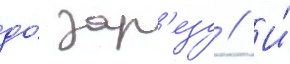
до́ зар'езу // И́